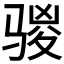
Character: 𮪣